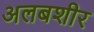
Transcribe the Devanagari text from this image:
अलबशीर